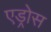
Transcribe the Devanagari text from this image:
एड्रोस